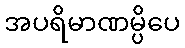
အပရိမာဏမ္ပိပေ